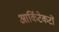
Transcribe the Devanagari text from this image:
आर्किटेकटों